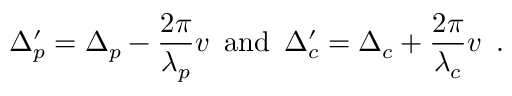
\Delta _ { p } ^ { \prime } = \Delta _ { p } - \frac { 2 \pi } { \lambda _ { p } } v \, \, \, \mathrm { a n d } \, \, \, \Delta _ { c } ^ { \prime } = \Delta _ { c } + \frac { 2 \pi } { \lambda _ { c } } v \, \, \, .